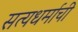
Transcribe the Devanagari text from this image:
सत्यधर्माची